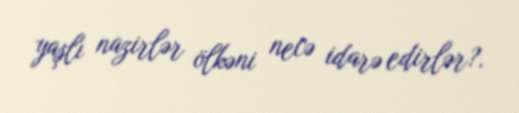
yaşlı nazirlər ölkəni necə idarə edirlər?.